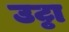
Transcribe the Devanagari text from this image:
उट्ठा